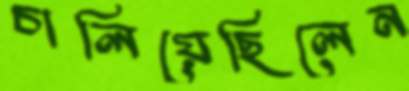
চালিয়েছিলেন